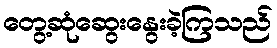
တွေ့ဆုံဆွေးနွေးခဲ့ကြသည်